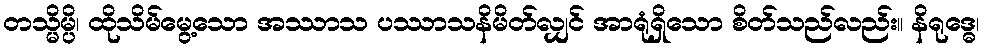
တသ္မိမ္ပိ၊ ထိုသိမ်မွေ့သော အဿာသ ပဿာသနိမိတ်လျှင် အာရုံရှိသော စိတ်သည်လည်း။ နိရုဒ္ဓေ၊